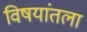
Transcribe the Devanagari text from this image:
विषयांतला